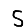
Digit: 5